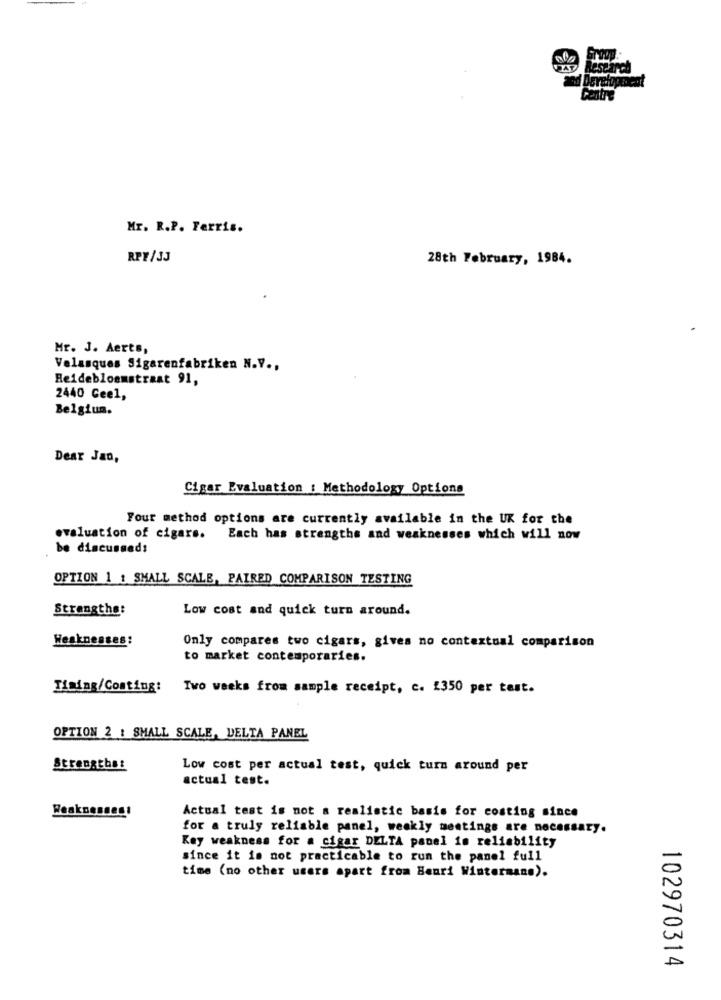
lesearch
Development
Mr. R.P. Ferris.
RPY/3J
28th February, 1984.
Mr. J. Aerts,
Velasques Sigarenfabriken N.V .,
Heidebloemstraat 91,
2440 Geel,
Belgiun.
Dear Jan,
Cigar Evaluation : Methodology Options
Four method options are currently available in the UK for the
evaluation of cigars.
Each has strengths and weaknesses which will now
be discussed:
OPTION 1 : SMALL SCALE, PAIRED COMPARISON TESTING
Strengthe:
Low cost and quick turn around.
Weaknesses:
Only compares two cigars, gives no contextual comparison
to market contemporaries.
Timing/Conting:
Two weeks from sample receipt, c. 1350 per test.
OPTION 2 : SMALL SCALE, DELTA PANEL
Strengthes
Low cost per actual test, quick turn around per
actual test.
Actual test is not a realistic basis for costing since
for a truly reliable panel, weekly meetings are necessary.
Key weakness for a cigar DELTA panel in reliability
since it is not practicable to run the panel full
time (no other users apart from Benri Wintermane).
102970314